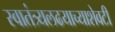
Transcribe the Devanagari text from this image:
स्वातंत्र्यलढयाच्याशेवटी